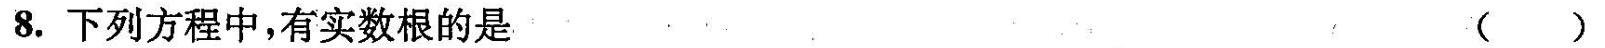
8.下列方程中，有实数根的是 ( )